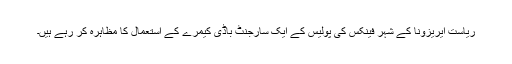
ریاست ایریزونا کے شہر فینکس کی پولیس کے ایک سارجنٹ باڈی کیمرے کے استعمال کا مظاہرہ کر رہے ہیں۔